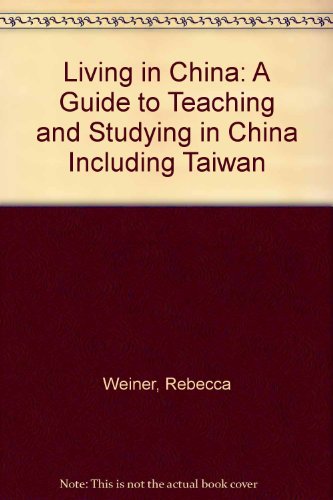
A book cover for Living in China: A Guide to Teaching and Studying in China Including Taiwan; Rebecca Weiner; Travel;